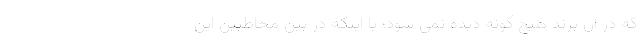
که در آن برند هیچ گونه دیده نمی شود؛ یا اینکه در بینِ مخاطبین این